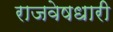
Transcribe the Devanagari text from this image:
राजवेषधारी